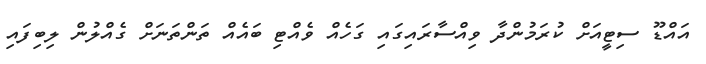
އައްޑޫ ސިޓީއަށް ކުރަމުންދާ ވިއްސާރައިގައި ގަހެއް ވެއްޓި ބައެއް ތަންތަނަށް ގެއްލުން ލިބިފައި